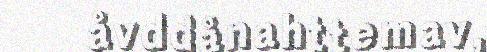
åvddånahttemav,